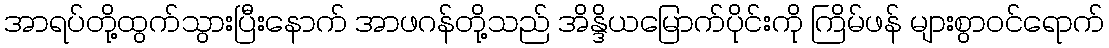
အာရပ်တို့ထွက်သွားပြီးနောက် အာဖဂန်တို့သည် အိန္ဒိယမြောက်ပိုင်းကို ကြိမ်ဖန် များစွာဝင်ရောက်